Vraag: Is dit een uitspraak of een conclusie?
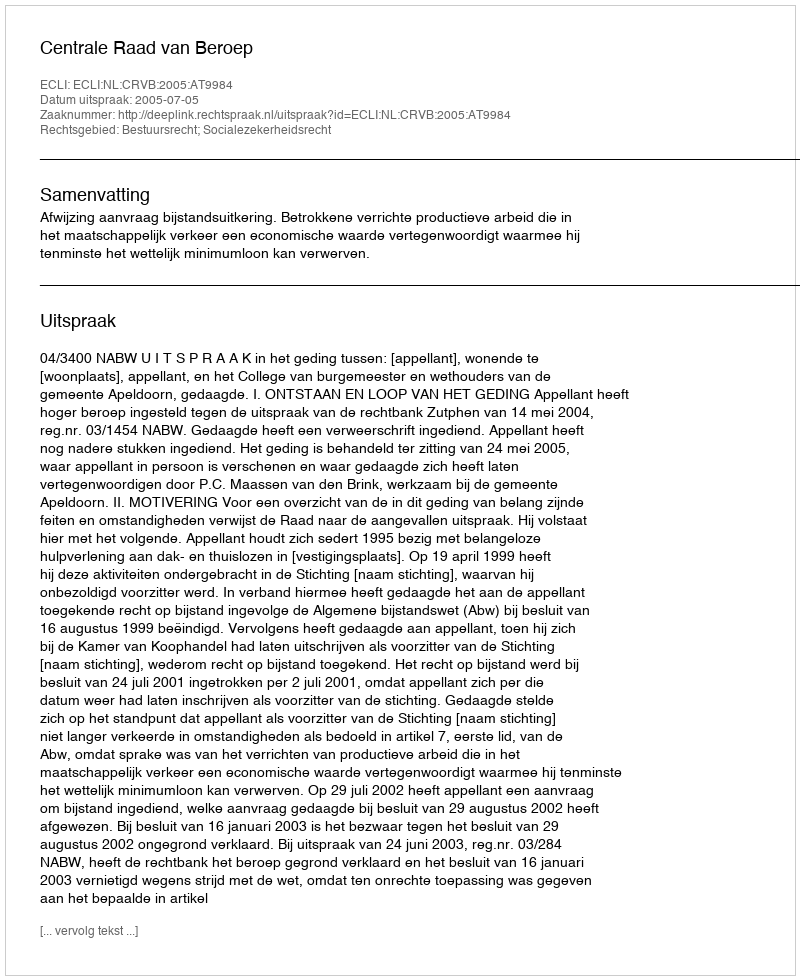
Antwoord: Uitspraak